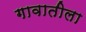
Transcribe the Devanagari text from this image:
गावातीला